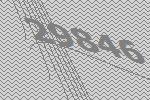
29846